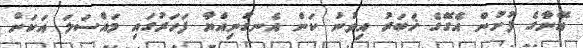
އޭނާގެ ފުށުން އެގޭގެ ޚަބަރު އިވުނު ކަން އެނގުނިއްޔާ ފަހަރުގައި މައްސަލަ އަކަށް